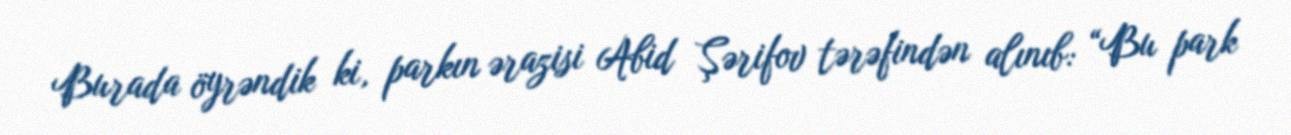
Burada öyrəndik ki, parkın ərazisi Abid Şərifov tərəfindən alınıb: “Bu park